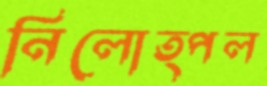
নিলোত্পল